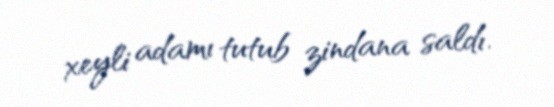
xeyli adamı tutub zindana saldı.